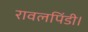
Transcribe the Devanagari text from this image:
रावलपिंडी।